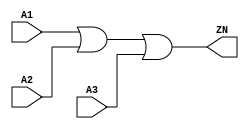
module OR3_X2 (A1, A2, A3, ZN);
  input A1;
  input A2;
  input A3;
  output ZN;
  or(ZN, i_4, A3);
  or(i_4, A1, A2);
  specify
    (A1 => ZN) = (0.1, 0.1);
    (A2 => ZN) = (0.1, 0.1);
    (A3 => ZN) = (0.1, 0.1);
  endspecify
endmodule